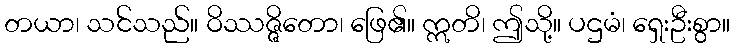
တယာ၊ သင်သည်။ ဝိဿဇ္ဇိတော၊ ဖြေ၏။ ဣတိ၊ ဤသို့။ ပဌမံ၊ ရှေးဦးစွာ။